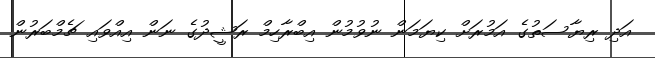
އަދި ރިޔާސަތުގެ އަމުރަށް ކިޔަމަން ނުވުމުން އިބްރާހިމް ރަޝީދުގެ ނަން އިއްވައި ޗެމްބަރުން